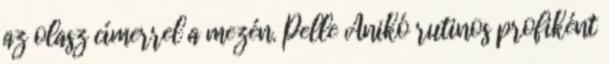
az olasz címerrel a mezén. Pelle Anikó rutinos profiként